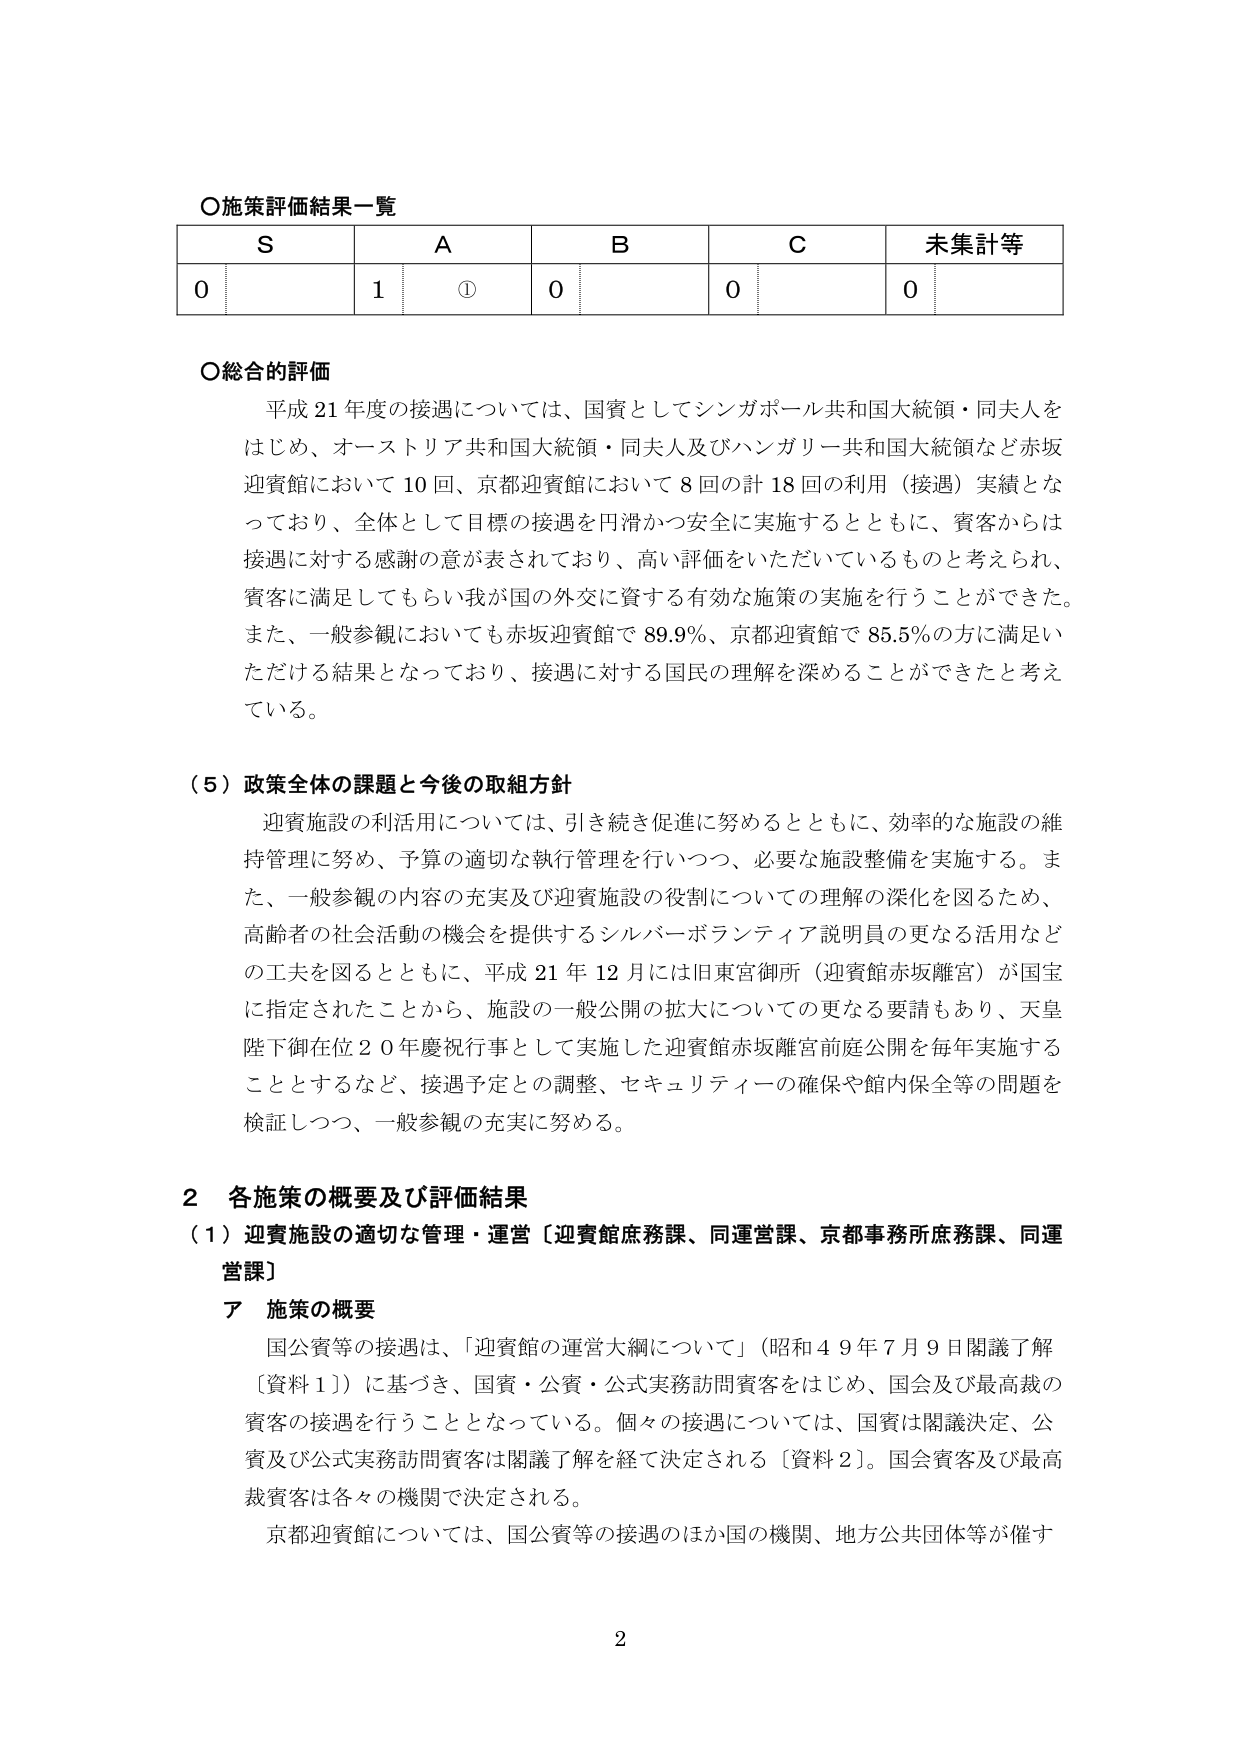
〇施策評価結果一覧
S　A　B　C　未集計等
0　1　①　0　0　0

〇総合的評価
平成21年度の接遇については、国賓としてシンガポール共和国大統領・同夫人をはじめ、オーストリア共和国大統領・同夫人及びハンガリー共和国大統領など赤坂迎賓館において10回、京都迎賓館において8回の計18回の利用（接遇）実績となっており、全体として目標の接遇を円滑かつ安全に実施するとともに、賓客からは接遇に対する感謝の意が表されており、高い評価をいただいているものと考えられ、賓客に満足してもらい我が国の外交に資する有効な施策の実施を行うことができた。また、一般参観においても赤坂迎賓館で89.9％、京都迎賓館で85.5％の方に満足いただける結果となっており、接遇に対する国民の理解を深めることができたと考えている。

（5）政策全体の課題と今後の取組方針
迎賓施設の利活用については、引き続き促進に努めるとともに、効率的な施設の維持管理に努め、予算の適切な執行管理を行いつつ、必要な施設整備を実施する。また、一般参観の内容の充実及び迎賓施設の役割についての理解の深化を図るため、高齢者の社会活動の機会を提供するシルバーボランティア説明員の更なる活用などの工夫を図るとともに、平成21年12月には旧東宮御所（迎賓館赤坂離宮）が国宝に指定されたことから、施設の一般公開の拡大についての更なる要請もあり、天皇陛下御在位20年慶祝行事として実施した迎賓館赤坂離宮前庭公開を毎年実施することとするなど、接遇予定との調整、セキュリティの確保や館内保全等の問題を検証しつつ、一般参観の充実に努める。

2 各施策の概要及び評価結果
（1）迎賓施設の適切な管理・運営〔迎賓館庶務課、同運営課、京都事務所庶務課、同運営課〕
ア 施策の概要
国公賓等の接遇は、「迎賓館の運営大綱について」（昭和49年7月9日閣議了解〔資料1〕）に基づき、国賓・公賓・公式実務訪問賓客をはじめ、国会及び最高裁の賓客の接遇を行うこととなっている。個々の接遇については、国賓は閣議決定、公賓及び公式実務訪問賓客は閣議了解を経て決定される〔資料2〕。国会賓客及び最高裁賓客は各々の機関で決定される。
京都迎賓館については、国公賓等の接遇のほか国の機関、地方公共団体等が催す

2